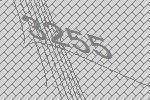
3255